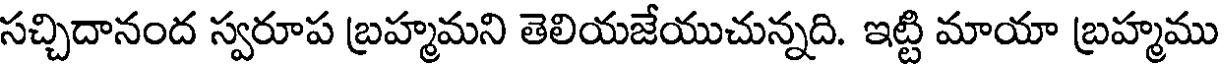
సచ్చిదానంద స్వరూప బ్రహ్మమని తెలియజేయుచున్నది. ఇట్టి మాయా బ్రహ్మము